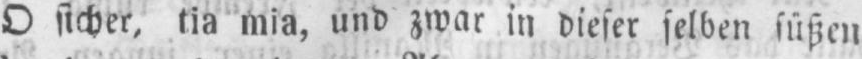
O sicher, tia mia, und zwar in dieser selben süßen